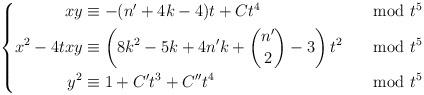
LaTeX: \begin{align*} \left\lbrace \begin{aligned} xy &\equiv -(n'+4k-4)t +Ct^4 &\mod t^5\\ x^2-4txy &\equiv \left(8k^2-5k+4n'k+\binom{n'}{2}-3 \right)t^2 &\mod t^5\\ y^2 &\equiv 1+C't^3+C''t^4 &\mod t^5 \end{aligned} \right. \end{align*}